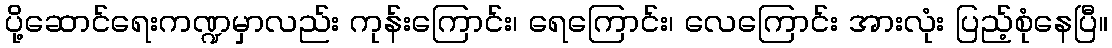
ပို့ဆောင်ရေးကဏ္ဍမှာလည်း ကုန်းကြောင်း၊ ရေကြောင်း၊ လေကြောင်း အားလုံး ပြည့်စုံနေပြီ။